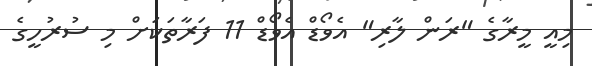
މިއީ މީރާގެ "ރަން ލާރި" އެވޯޑް އެވޯޑް 11 ފަރާތަކަށް މި ސުރުހީގެ